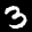
Label: 3